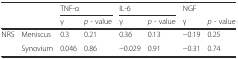
<table><thead><tr><td></td><td></td><td colspan="2"><b>TNF-α</b></td><td colspan="2"><b>IL-6</b></td><td><b>NGF</b></td><td></td></tr><tr><td></td><td></td><td><b>γ</b></td><td><b><i>p</i> - value</b></td><td><b>γ</b></td><td><b><i>p</i> - value</b></td><td><b>γ</b></td><td><b><i>p</i> - value</b></td></tr></thead><tbody><tr><td rowspan="2">NRS</td><td>Meniscus</td><td>0.3</td><td>0.21</td><td>0.36</td><td>0.13</td><td>−0.19</td><td>0.25</td></tr><tr><td>Synovium</td><td>0.046</td><td>0.86</td><td>−0.029</td><td>0.91</td><td>−0.31</td><td>0.74</td></tr></tbody></table>